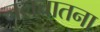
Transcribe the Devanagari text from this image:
जलचातना